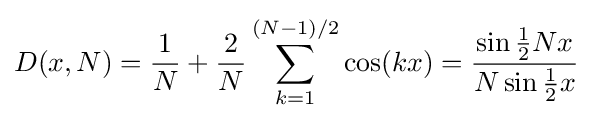
D(x,N)={\frac {1}{N}}+{\frac {2}{N}}\sum _{k=1}^{(N-1)/2}\cos(kx)={\frac {\sin {\tfrac {1}{2}}Nx}{N\sin {\tfrac {1}{2}}x}}